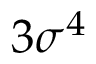
3 \sigma ^ { 4 }